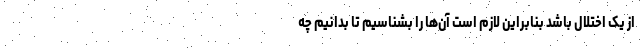
از یک اختلال باشد بنابراین لازم است آن‌ها را بشناسیم تا بدانیم چه